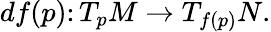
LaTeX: df(p)\colon T_{p}M\to T_{f(p)}N.